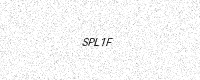
Text: SPL1F